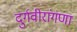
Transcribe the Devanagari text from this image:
दुर्गवीरांगणा